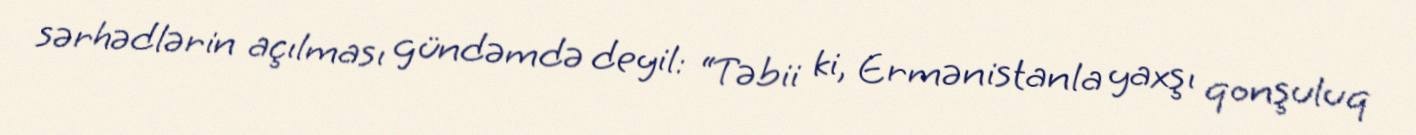
sərhədlərin açılması gündəmdə deyil: “Təbii ki, Ermənistanla yaxşı qonşuluq